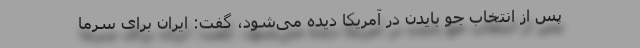
پس از انتخاب جو بایدن در آمریکا دیده می‌شود، گفت: ایران برای سرما